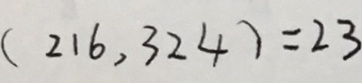
( 2 1 6 , 3 2 4 ) = 2 3